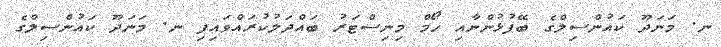
ނ. މަނަދޫ ކައުންސިލްގެ ބޭފުޅުންނާއި ހޯމް މިނިސްޓަރު ބައްދަލުކުރައްވައިފި ނ. މަނަދޫ ކައުންސިލްގެ